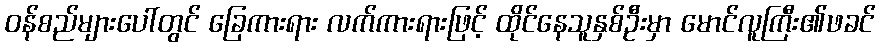
ဝန်စည်များပေါ်တွင် ခြေကားရား လက်ကားရားဖြင့် ထိုင်နေသူနှစ်ဦးမှာ မောင်လူကြီး၏ဖခင်